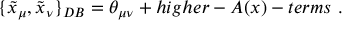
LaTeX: \{ \tilde { x } _ { \mu } , \tilde { x } _ { \nu } \} _ { D B } = \theta _ { \mu \nu } + h i g h e r - A ( x ) - t e r m s ~ .